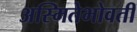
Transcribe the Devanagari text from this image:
अस्मितेभोवती